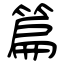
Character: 篇